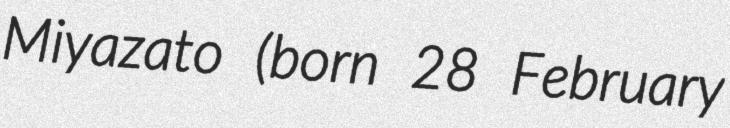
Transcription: Miyazato (born 28 February